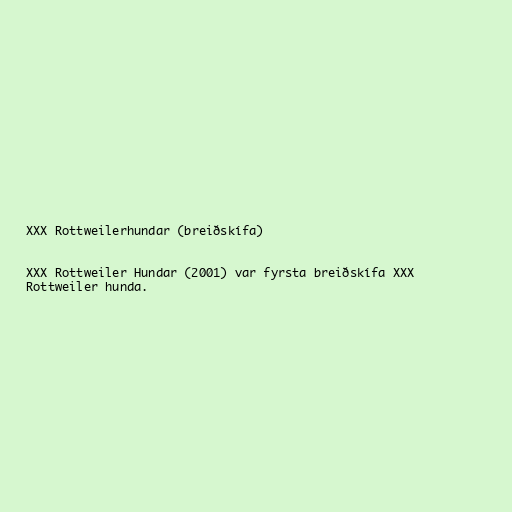
XXX Rottweilerhundar (breiðskífa)

XXX Rottweiler Hundar (2001) var fyrsta breiðskífa XXX
Rottweiler hunda.